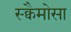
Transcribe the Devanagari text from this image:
स्क्वैमोसा